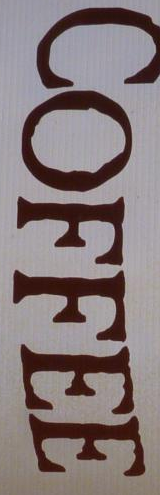
COFFEE